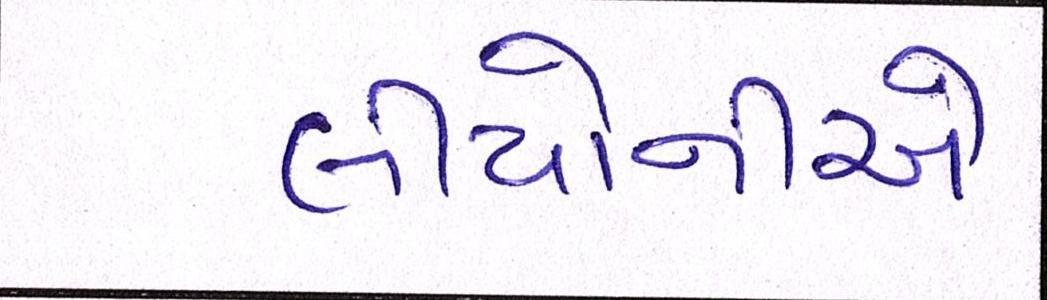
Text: લીયોનીએ